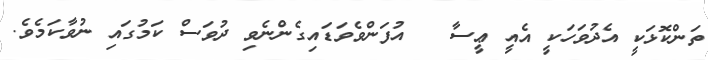
ތަންކޮޅަކީ އެދުވަހަކީ އެއީ ޢީސާ   އުފަންވެވަޑައިގެންނެވި ދުވަސް ކަމުގައި ނުވާކަމެވެ.